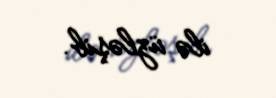
ilə üzləşib.